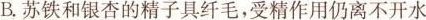
B.苏铁和银杏的精子具纤毛，受精作用仍离不开水